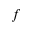
f